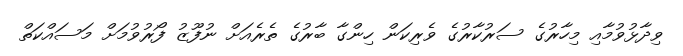
ވިދާޅުވުމާއި މިހާރުގެ ސަރުކާރުގެ ވެރިކަން ހިންގާ ބާރުގެ ތެރެއަށް ނުފޫޒު ފޯރުވުމަށް މަސައްކަތް